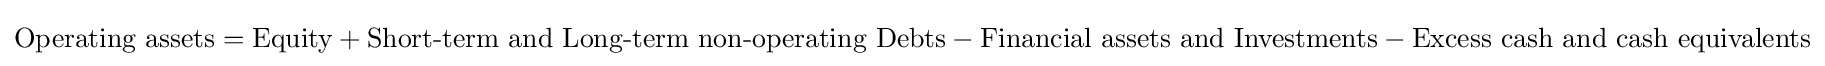
{\mbox{Operating assets}}={\mbox{Equity}}+{\mbox{Short-term and Long-term non-operating Debts}}-{\mbox{Financial assets and Investments}}-{\mbox{Excess cash and cash equivalents}}